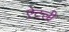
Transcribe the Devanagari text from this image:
ऐटली